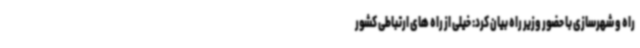
راه و شهرسازی با حضور وزیر راه بیان کرد: خیلی از راه های ارتباطی کشور